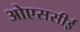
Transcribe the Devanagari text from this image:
ओएससीई